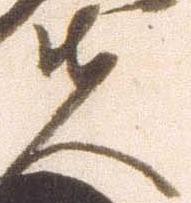
夫